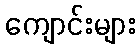
ကျောင်းများ